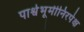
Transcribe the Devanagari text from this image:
पार्श्वभूमीनिरपेक्ष